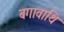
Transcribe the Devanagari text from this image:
बगावाथि